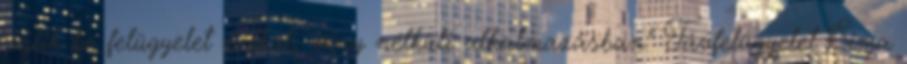
válik be felügyelet nélkül, vény nélküli alkalmazásban." Távfelügyelet Sima